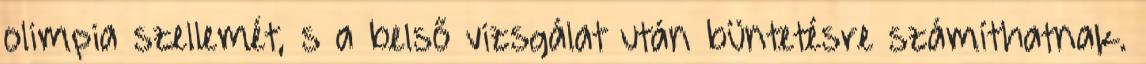
olimpia szellemét, s a belső vizsgálat után büntetésre számíthatnak.